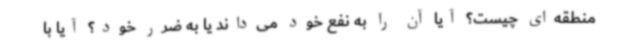
منطقه‌ای چیست؟ آیا آن را به نفع خود می‌داند یا به ضرر خود؟ آیا با